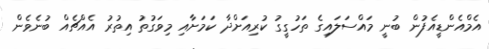
އެމްއެންޑީއެފުން ބުނީ މައްސަލައިގެ ތަހުގީގު ކުރިއަށްދާ ކަމަށާއި މިވަގުތު އިތުރު އެއްޗެއް ބުނެވެން